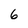
Character: 6